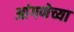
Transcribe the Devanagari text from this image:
आंगणेच्या